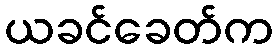
ယခင်ခေတ်က